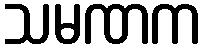
သမဏက